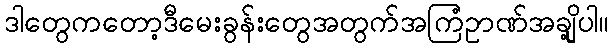
ဒါတွေကတော့ဒီမေးခွန်းတွေအတွက်အကြံဥာဏ်အချို့ပါ။